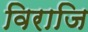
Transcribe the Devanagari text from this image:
विराजि